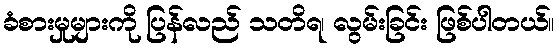
ခံစားမှုများကို ပြန်လည် သတိရ၊ လွမ်းခြင်း ဖြစ်ပါတယ်။